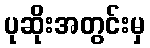
ပုဆိုးအတွင်းမှ